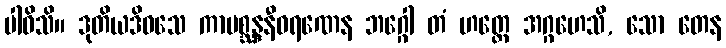
ပါဝိသိ။ ဒုတိယဒိဝသေ ကာမစ္ဆန္ဒနီဝရဏေန ဘဂ္ဂေါ တံ ဟတ္ထေ အဂ္ဂဟေသိ, သော တေန